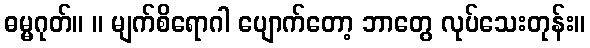
ဓမ္မဂုတ်။ ။ မျက်စိရောဂါ ပျောက်တော့ ဘာတွေ လုပ်သေးတုန်း။